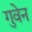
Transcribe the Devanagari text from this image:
गुवेन